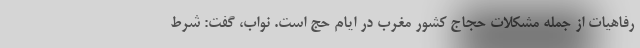
رفاهیات از جمله مشکلات حجاج کشور مغرب در ایام حج است. نواب، گفت: شرط